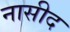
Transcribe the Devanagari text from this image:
नासीद